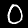
Digit: 0